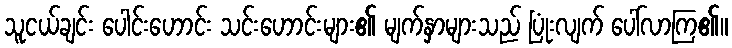
သူငယ်ချင်း ပေါင်းဟောင်း သင်းဟောင်းများ၏ မျက်နှာများသည် ပြုံးလျက် ပေါ်လာကြ၏။